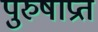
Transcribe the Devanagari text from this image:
पुरुषाप्रत